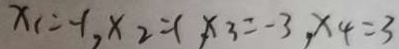
x _ { 1 } = - 1 , x _ { 2 } = 1 , x _ { 3 } = - 3 , x _ { 4 } = 3